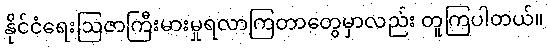
နိုင်ငံရေးဩဇာကြီးမားမှုရလာကြတာတွေမှာလည်း တူကြပါတယ်။